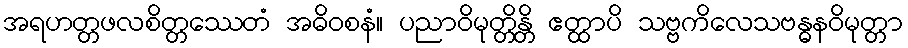
အရဟတ္တဖလစိတ္တဿေတံ အဓိဝစနံ။ ပညာဝိမုတ္တိန္တိ ဧတ္ထာပိ သဗ္ဗကိလေသဗန္ဓနဝိမုတ္တာ